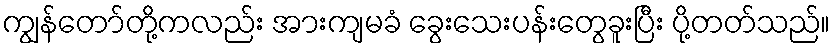
ကျွန်တော်တို့ကလည်း အားကျမခံ ခွေးသေးပန်းတွေခူးပြီး ပို့တတ်သည်။